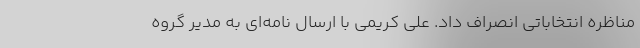
مناظره انتخاباتی انصراف داد. ‌علی کریمی با ارسال نامه‌ای به مدیر گروه